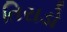
તિરાડો